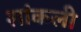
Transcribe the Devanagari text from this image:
शांकली